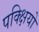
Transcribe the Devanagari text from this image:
पक्क्षियो